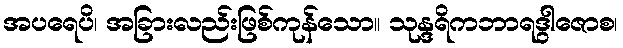
အပရေပိ၊ အခြားလည်းဖြစ်ကုန်သော။ သုန္ဒရိကဘာရဒွါဇောစ၊